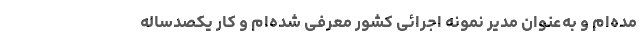
مده‌ام و به‌عنوان مدیر نمونه اجرائی کشور معرفی شده‌ام و کار یکصدساله